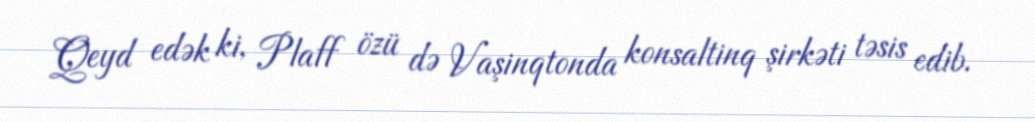
Qeyd edək ki, Plaff özü də Vaşinqtonda konsaltinq şirkəti təsis edib.